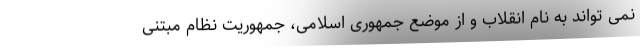
نمی تواند به نام انقلاب و از موضع جمهوری اسلامی، جمهوریت نظام مبتنی